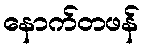
နောက်တဖန်